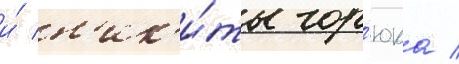
и́ н'ик'и́ты гор'юка /